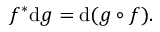
f ^ { * } \mathrm { d } g = \mathrm { d } ( g \circ f ) .